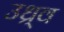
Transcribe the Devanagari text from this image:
उध्र्व